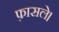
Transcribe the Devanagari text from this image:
फ़ासले।